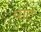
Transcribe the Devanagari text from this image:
षाट